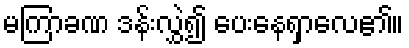
မကြာခဏ ဒန်းလွှဲ၍ ပေးနေရှာလေ၏။